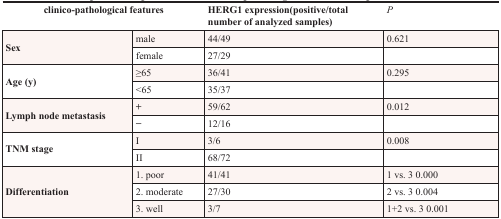
| <COLSPAN=2> clinico-pathological features | HERG1 expression (positive/total number of analyzed samples) | P |
 | --- | --- | --- | --- |
 | <ROWSPAN=2> Sex | male | 44/49 | 0.621 |
 | female | 27/29 |  |
 | <ROWSPAN=2> Age (y) | ≥65 | 36/41 | 0.295 |
 | <65 | 35/37 |  |
 | <ROWSPAN=2> Lymph node metastasis | + | 59/62 | 0.012 |
 | − | 12/16 |  |
 | <ROWSPAN=2> TNM stage | I | 3/6 | 0.008 |
 | II | 68/72 |  |
 | <ROWSPAN=3> Differentiation | 1. poor | 41/41 | 1 vs. 3 0.000 |
 | 2. moderate | 27/30 | 2 vs. 3 0.004 |
 | 3. well | 3/7 | 1+2 vs. 3 0.001 |